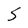
Character: 5